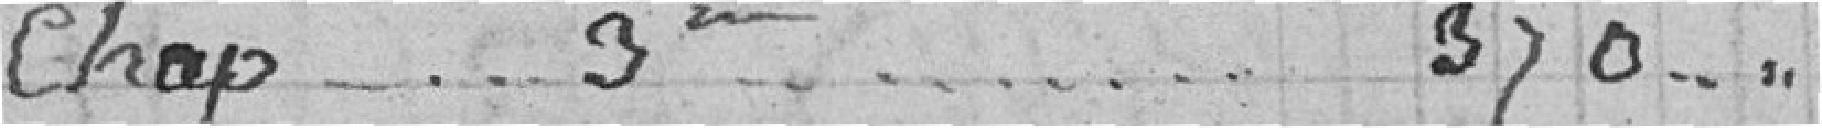
Chap. 3ème.... 370